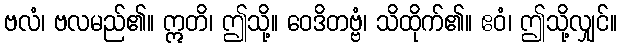
ဗလံ၊ ဗလမည်၏။ ဣတိ၊ ဤသို့။ ဝေဒိတဗ္ဗံ၊ သိထိုက်၏။ ဧဝံ၊ ဤသို့လျှင်။